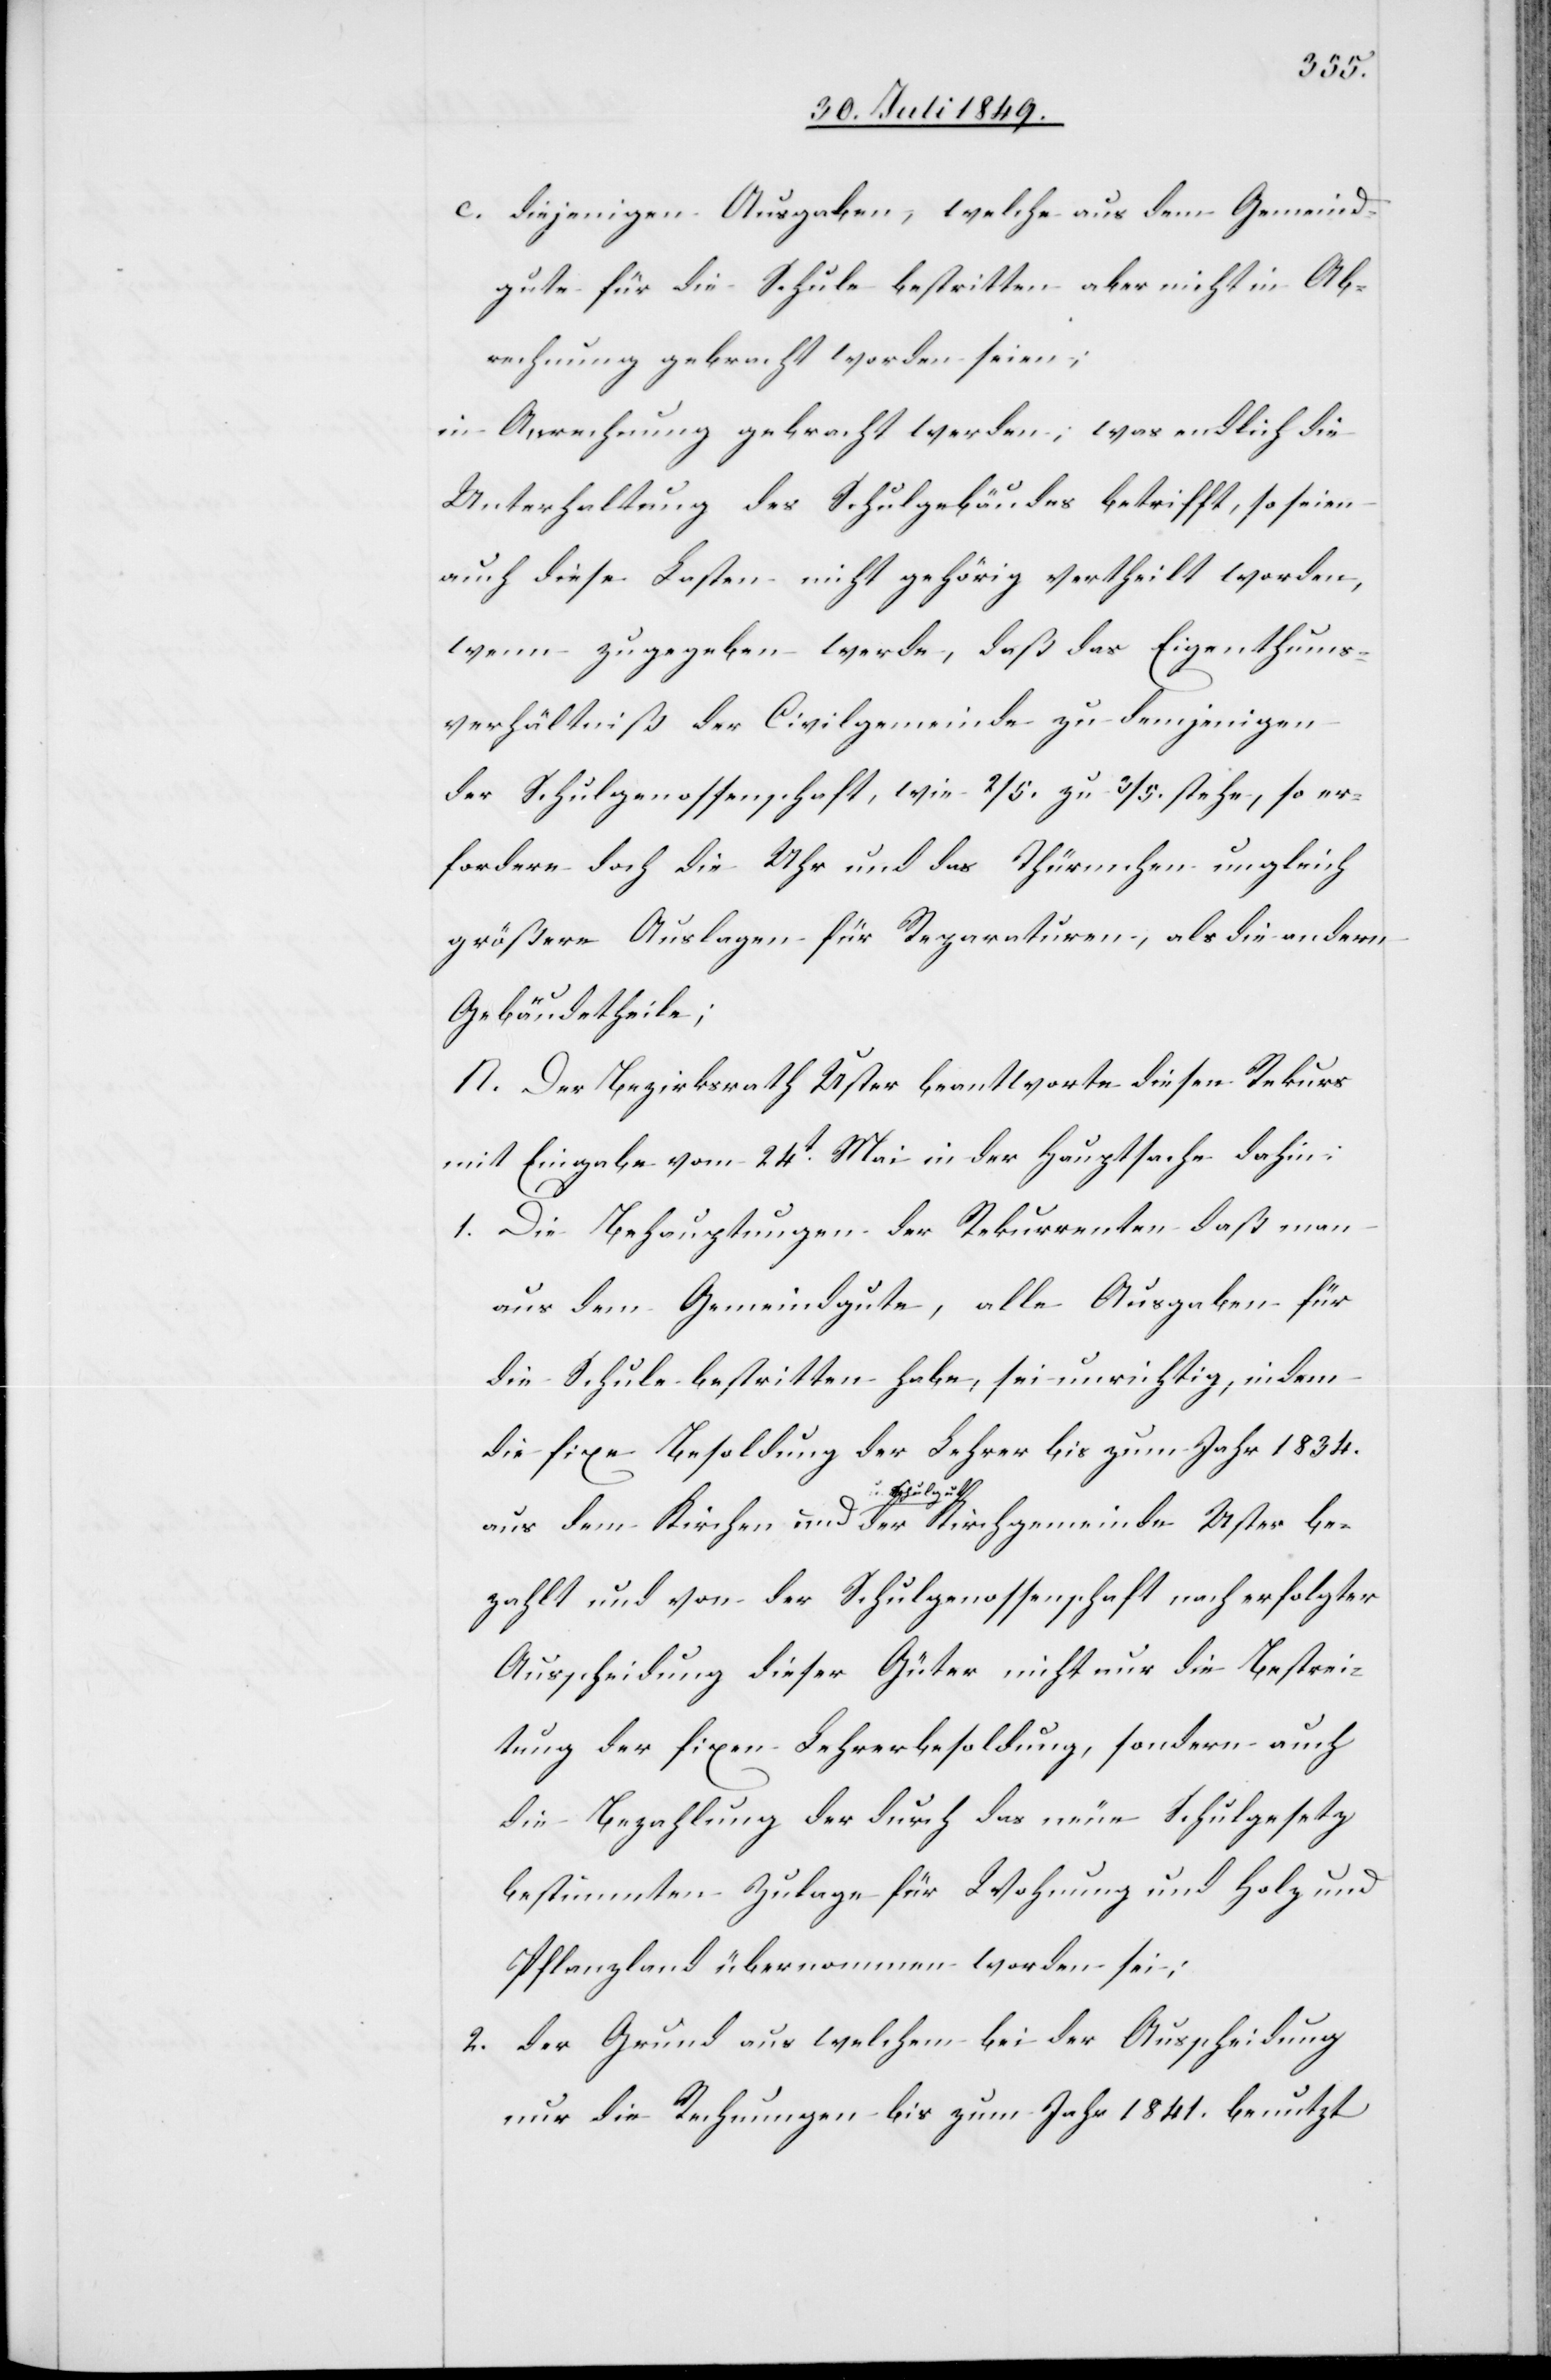
c. diejenigen Ausgaben, welche aus dem Gemeind¬
gute für die Schule bestritten aber nicht in Ab¬
rechnung gebracht worden seien;
in Anrechnung gebracht werden, was endlich die
Unterhaltung des Schulgebäudes betrifft, so seien
auch diese Lasten nicht gehörig vertheilt worden,
wenn zugegeben werde, daß das Eigenthums¬
verhältniß der Civilgemeinde zu demjenigen
der Schulgenossenschaft, wie 2/5. zu 3/5. stehe, so er¬
fordere doch die Uhr und das Thürmchen ungleich
größere Auslagen für Reparaturen, als die andern
Gebäudetheile;
N. Der Bezirksrath Uster beantworte diesen Rekurs
mit Eingabe vom 24t Mai in der Hauptsache dahin
1. Die Behauptungen der Rekurrenten daß man
aus dem Gemeindgute, alle Ausgaben für
die Schule bestritten habe, sei unrichtig, indem
die fixe Besoldung der Lehrer bis zum Jahr 1834.
Uster be¬
zahlt und von der Schulgenossenschaft nach erfolgter
Ausscheidung dieser Güter nicht nur die Bestrei¬
tung der fixen Lehrerbesoldung, sondern auch
die Bezahlung der durch das neue Schulgesetz
bestimmten Zulage für Wohnung und Holz und
Pflanzenland übernommen worden sei;
2. der Grund aus welchem bei der Ausscheidung
nur die Rechnungen bis zum Jahr 1841. benutzt